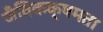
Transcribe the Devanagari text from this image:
जैविकक्षमता